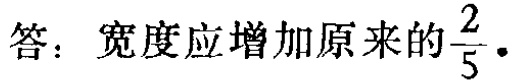
答：宽度应增加原来的$\frac{2}{5}$.